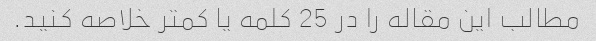
مطالب این مقاله را در 25 کلمه یا کمتر خلاصه کنید.